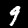
Label: 9